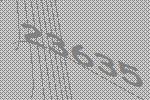
23635